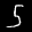
Label: 5